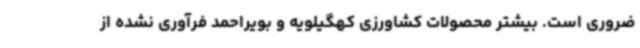
ضروری است. بیشتر محصولات کشاورزی کهگیلویه و بویراحمد فرآوری نشده از